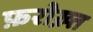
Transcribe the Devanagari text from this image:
फ़रोख़्त